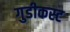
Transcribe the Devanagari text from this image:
गुडीकस्ट